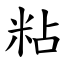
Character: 粘